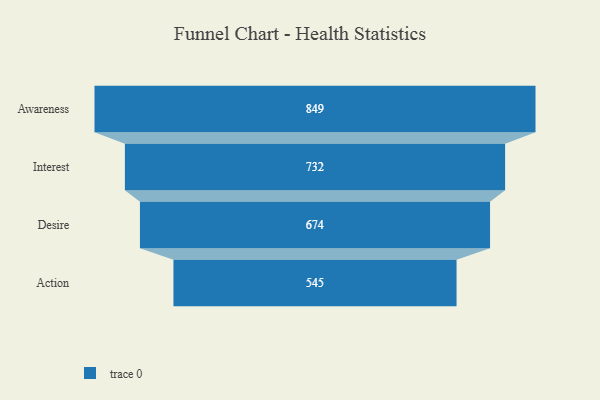
{"axis": {"x": "Stage", "y": "Value"}, "legend": [""], "data": [{"x": "Awareness", "y": 849.0, "type": ""}, {"x": "Interest", "y": 732.0, "type": ""}, {"x": "Desire", "y": 674.0, "type": ""}, {"x": "Action", "y": 545.0, "type": ""}]}